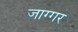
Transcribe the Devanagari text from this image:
जाग्गर